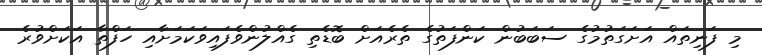
މި ފަނިތައް އަށަގަތުމުގެ ސަބަބުން ކަންފަތުގެ ތެރެއަށް ބޮޑެތި ގެއްލުންވެފައިވަކަމަށާއި ހަފްތާ އަކަށްވުރެ